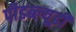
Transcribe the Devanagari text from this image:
पीडब्‍ल्‍यूडी